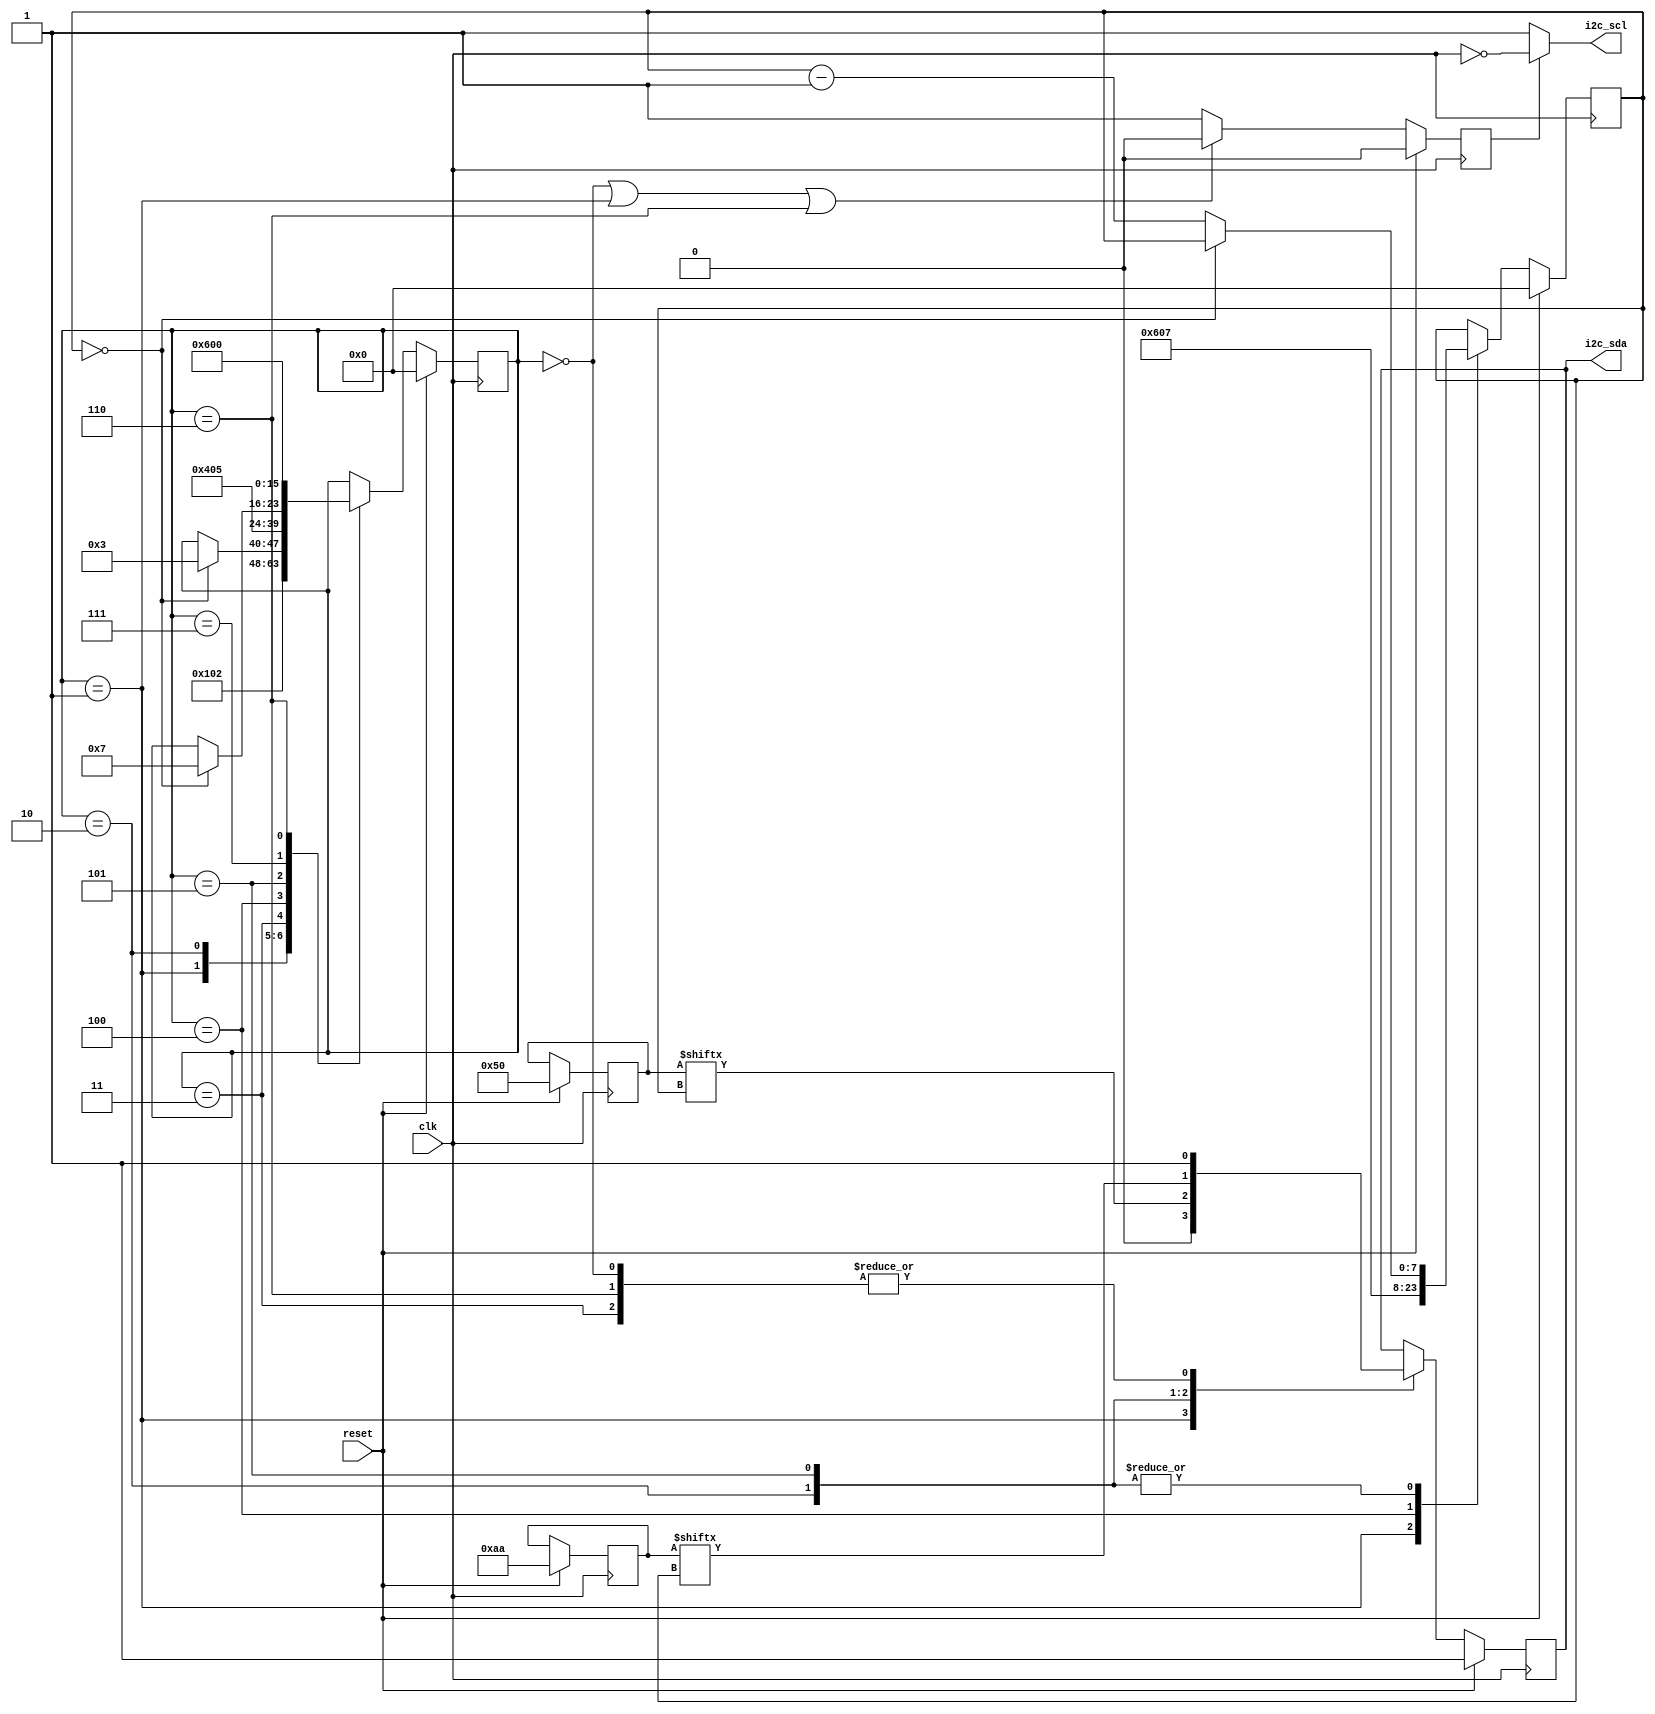
`timescale 1ns /1ps

module I2C(
         clk,
         reset,
         i2c_sda,
         i2c_scl,       
);

input wire clk;
input wire reset;
output reg i2c_sda;
output wire i2c_scl;

// to write to device address 0x50, 0xaa
// finate state machine
localparam STATE_IDLE = 0;
localparam STATE_START =1;
localparam STATE_ADDR = 2;
localparam STATE_RW = 3; 
localparam STATE_WACK = 4;
localparam STATE_DATA = 5;
localparam STATE_STOP =6;
localparam STATE_WACK2 =7;


reg [7:0] state;
reg [6:0] addr;
reg [7:0] count;
reg [7:0] data;

// Enable i2c_scl
reg i2c_scl_enable = 0;

// to set the i2c_scl
assign i2c_scl = (i2c_scl_enable ==0) ? 1: ~clk;

// i2c_sda
always @(posedge clk) begin
  
  if (reset == 1)begin
      state <= 0;
      i2c_sda <= 1;
      addr <= 7'h50;
      count <= 8'd0;
      data <= 8'haa;   
  end else begin
     case(state)
      STATE_IDLE: begin  // Idle
        i2c_sda <= 1;
        state <= STATE_START;
      end
      STATE_START : begin  // start
        i2c_sda <= 0 ;
        state <= STATE_ADDR;
        count <= 6; // Initial to count the address
      end
      STATE_ADDR: begin    //  sending the address
        i2c_sda <= addr[count];
        if (count == 0) state <=STATE_RW;
        else count <= count -1;
      end
      STATE_RW: begin    
        i2c_sda <= 1;
        state <= STATE_WACK;
      end
      STATE_WACK: begin   // strat transmit the data 
        state <= STATE_DATA;
        count <= 7;
      end
      STATE_DATA: begin
        i2c_sda <= data[count];
        if (count == 0) state <=STATE_WACK2;
        else count <= count -1;
      end
      STATE_WACK2: begin    // data ack
        state <= STATE_STOP;  
      end
      STATE_STOP: begin
        i2c_sda <= 1;
        state <= STATE_IDLE;
        
      end     
  endcase
  end
end 
// i2c_scl
always @ (negedge clk)begin
  
  if(reset == 1)begin
    i2c_scl_enable <= 0;
  end else begin
    if ((state == STATE_IDLE) || (state == STATE_START) || (state == STATE_STOP))begin
      i2c_scl_enable <= 0;
    end else begin
      i2c_scl_enable <= 1;  
    end 
  end  
 



  
  
  
  
  
  
  
  
  
end

endmodule